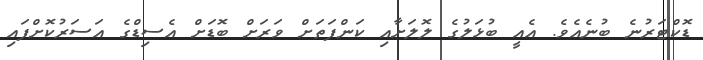
ޑޮކްޓަރުނެ ބުނެއެވެ. އެއީ ބުޅަލުގެ ލޮލަށާއި ކަންފަތަށް ވަރަށް ބޮޑަށް އެސިޑްގެ އަސަރުކޮށްފައި